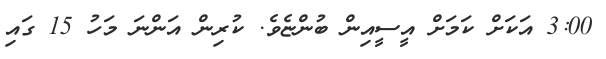
3:00 އަކަށް ކަމަށް އީސީއިން ބުންޏެވެ. ކުރިން އަންނަ މަހު 15 ގައި